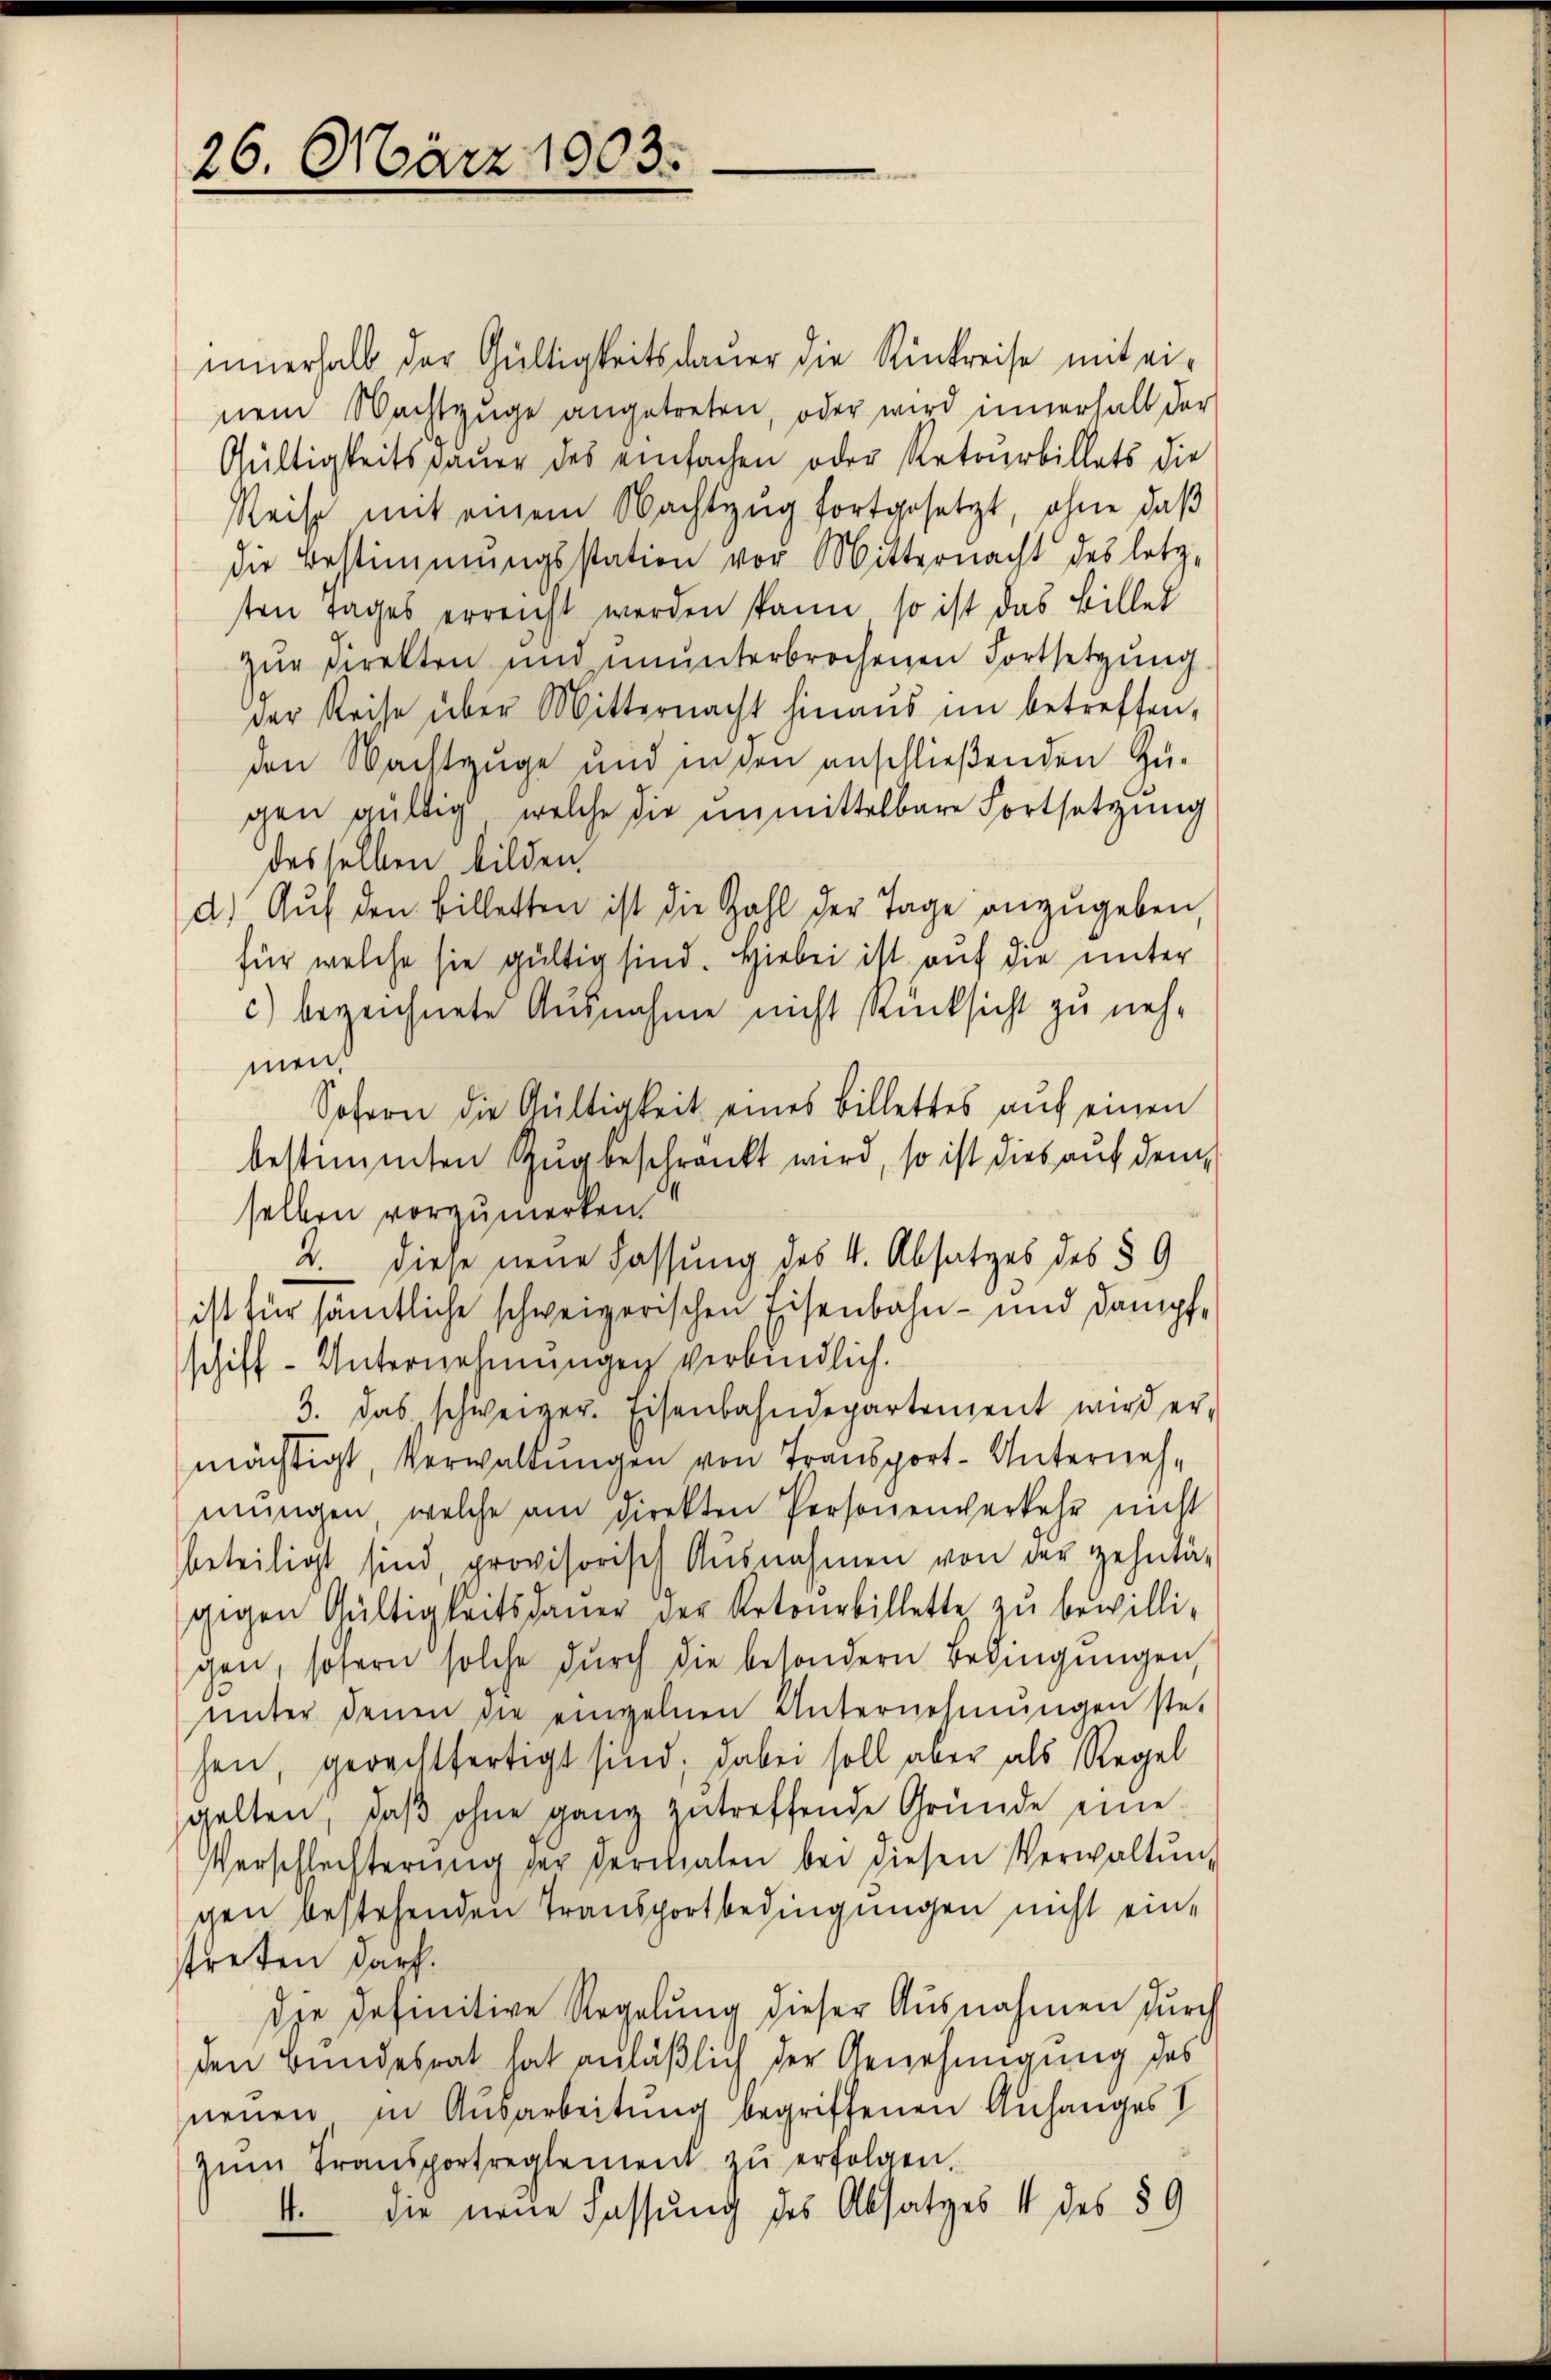
26. März 1803.

innerhalb der Gültigkeitsdauer die Rückreise mit ei-
nem Nachtzuge angetreten, oder wird innerhalb der
Gültigkeitspauer des einfachen oder Retourbillets die
Reise mit einem Nachtzug fortgesetzt, ohne daβ
die Bestimmungsstation vor Mitternacht des letz
sten Tages erreicht werden kann, so ist das Billes
zur Direkten und ununterbrochenen Fortsetzung
der Reise über Mitternacht hinaus im betreffen,
den Wachtzüge und in den anschließenden Zu-
gen gültig, welche die unmittelbare Fortsetzung
desselben bilden.
d.) Auf den Billetten ist die Zahl der Tage anzugeben,
für welche sie gültig sind. Hiebei ist auf die unter
c) bezeichnete Ausnahme nicht Rücksicht zu neh-
ment
Sofern die Gültigkeit eines Billettes aŭf einen
bestimmten Zugbeschränkt wird, so ist dies auf dem
selben vorzumerken.
2. diese neue Fassung des 4. Absatzes des § 9
ist für sämtliche schweizerischen Eisenbahn- und Dampfschiff- Unternehmungen verbindlich.
3. Das schweizer. Eisenbahndepartement wird er-
mächtigt, Verwaltungen von Transport- Unternehmungen, welche am direkten Personenverkehr nicht
beteiligt sind, provisorisch Ausnahmen von der gehntä-
gegen Gültigkeitsdauer der Retourbillette zu bewilli-
gen, sofern solche durch die besondern Bedingungen,
ŭnter denen die einzelnen Unternehmungen ste-
hen, gerechtfertigt sind; dabei soll aber als Regel
gelten, daβ ohne ganz zutreffende Gründe eine
Verschlechterŭng der dermalen bei diesen Verwaltŭng
gen bestehenden Transportbedingungen nicht eintreten darf.
die definitive Regelung dieser Ausnahmen durch
den Bundesrat hat anläßlich der Genehmigung des
neuen in Ausarbeitung begriffenen Anfanges I
zŭm Transportreglement zŭ erfolgen.
4. die neue Fassung des Absatzes 4 des § 9